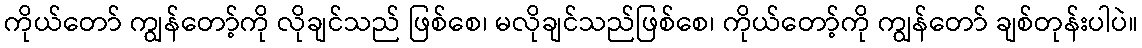
ကိုယ်တော် ကျွန်တော့်ကို လိုချင်သည် ဖြစ်စေ၊ မလိုချင်သည်ဖြစ်စေ၊ ကိုယ်တော့်ကို ကျွန်တော် ချစ်တုန်းပါပဲ။